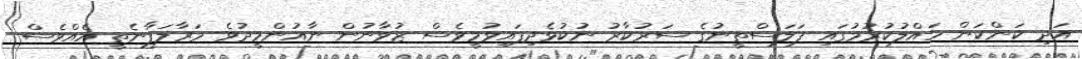
އަދި ކަންކަން ހައްލުކުރުމުގައި ފަލަސްތީނުގެ ސަރުކާރު ނުކުޅެދިފައިވުމީވެސް ޒުވާނުން ނާއުންމީދުވެ މަރާލަފާނެތީ އެއްވެސް